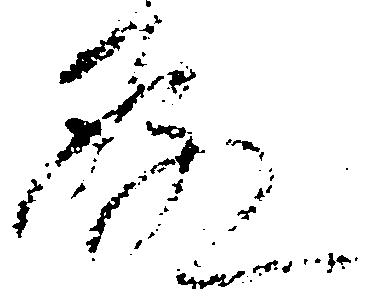
殿